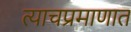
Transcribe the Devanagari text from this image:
त्याचप्रमाणात